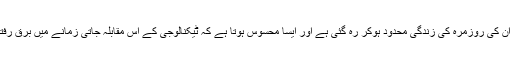
دوسرے کی ایجادات و اختراعات خریدنے اور استعمال کرنے تک ہی ان کی روزمرہ کی زندگی محدود ہوکر رہ گئی ہے اور ایسا محسوس ہوتا ہے کہ ٹیکنالوجی کے اس مقابلہ جاتی زمانے میں برق رفتاری سے ترقی کرتی ہوئی دنیا میں وہ خود حاشیے پر پہونچ گیے ہیں۔